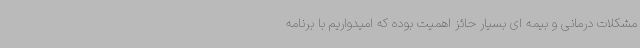
مشکلات درمانی و بیمه ای بسیار حائز اهمیت بوده که امیدواریم با برنامه